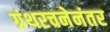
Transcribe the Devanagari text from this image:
ग्रंथरचनेनंतर